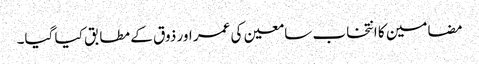
مضامین کا انتخاب سامعین کی عمر اور ذوق کے مطابق کیا گیا۔